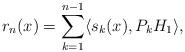
LaTeX: \begin{align*}r_n(x)= \sum_{k=1}^{n-1}\langle s_k(x),P_kH_1 \rangle,\end{align*}